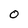
Character: 0